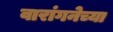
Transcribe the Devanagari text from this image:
वारांगनेच्या